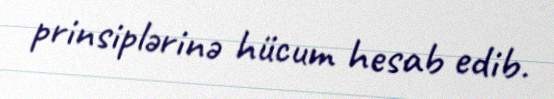
prinsiplərinə hücum hesab edib.